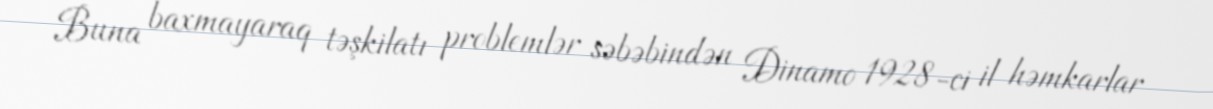
Buna baxmayaraq təşkilatı problemlər səbəbindən Dinamo 1928-ci il həmkarlar